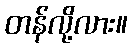
တန်လို့လား။